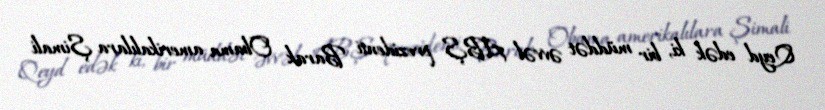
Qeyd edək ki, bir müddət əvvəl ABŞ prezidenti Barak Obama amerikalılara Şimali